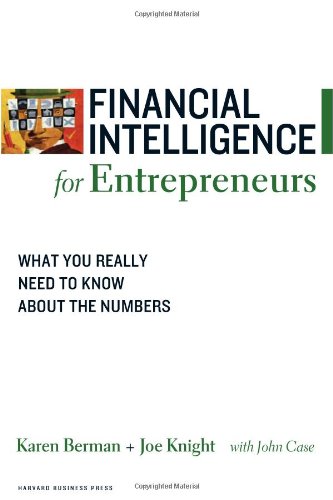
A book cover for Financial Intelligence for Entrepreneurs: What You Really Need to Know About the Numbers; Karen Berman; Business & Money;